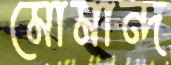
মোমান্দ